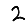
Digit: 2